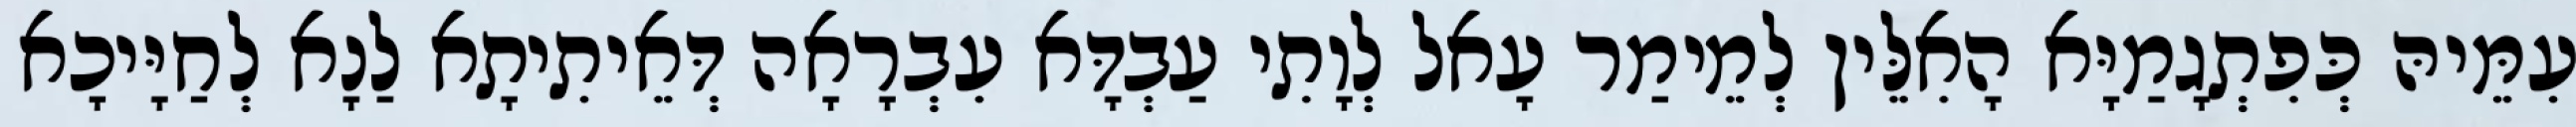
עִמֵּיהּ כְּפִתְגָמַיָּא הָאִלֵּין לְמֵימַר עָאל לְוָתִי עַבְדָּא עִבְרָאָה דְּאֵיתִיתָא לַנָא לְחַיָּיכָא